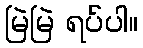
မြဲမြဲ ရပ်ပါ။